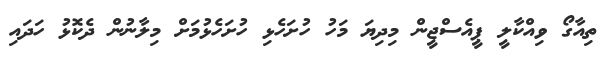
ތިއާގޯ ވިއްކާލީ ޕީއެސްޖީން މިދިޔަ މަހު ހުށަހެޅި ހުށަހެޅުމަށް މިލާނުން ދެކޮޅު ހަދައި